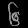
Digit: ၆